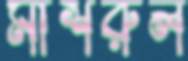
মাশরুল